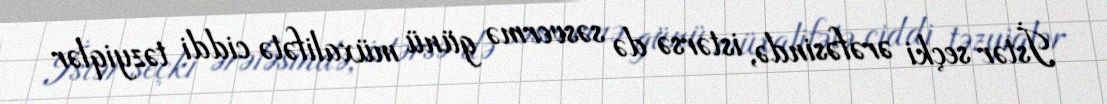
İstər seçki ərəfəsində, istərsə də səsvermə günü müxalifətə ciddi təzyiqlər